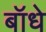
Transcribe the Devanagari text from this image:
बॉधे